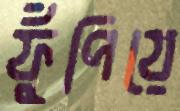
ফুঁপিয়ে